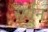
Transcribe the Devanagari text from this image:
सर्गून